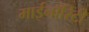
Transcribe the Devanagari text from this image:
माईनॉरिटी